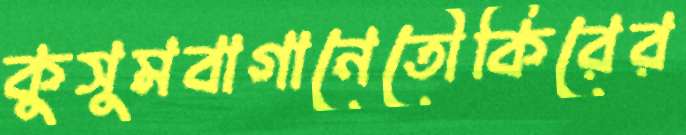
কুসুমবাগানেতৌকিরের